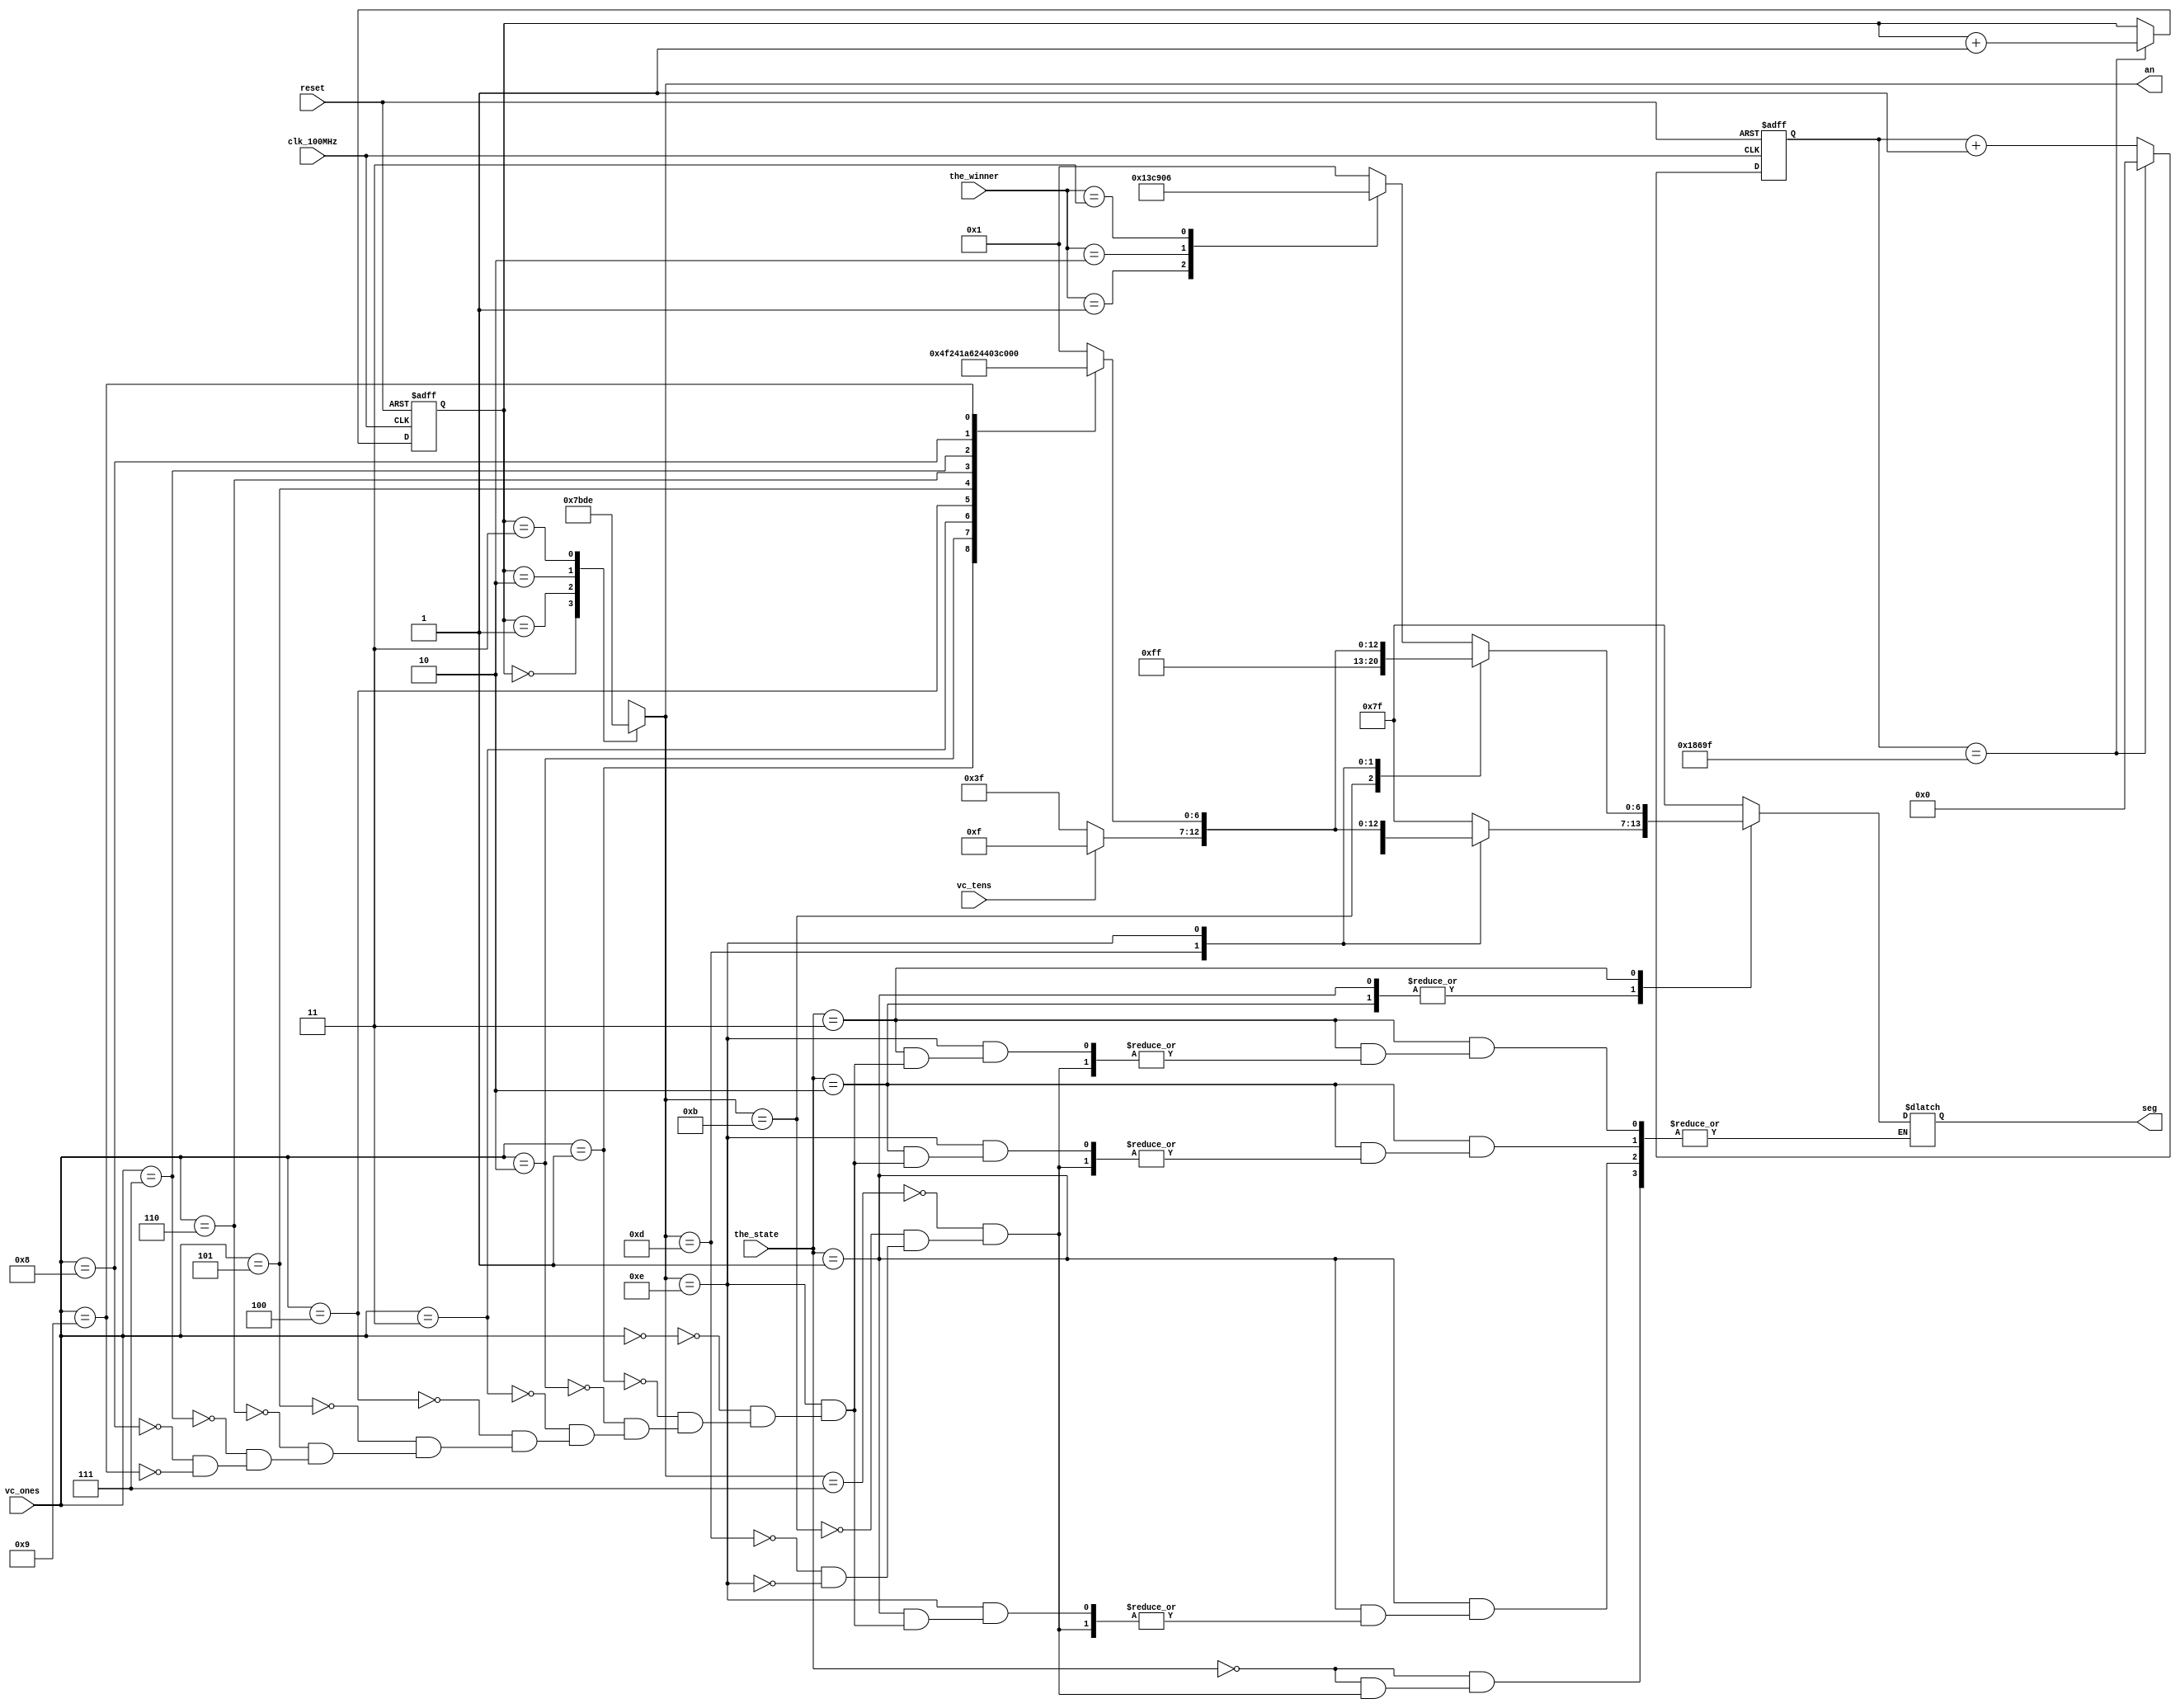
// This program was cloned from: https://github.com/FPGADude/Digital-Design
// License: GNU General Public License v3.0

`timescale 1ns / 1ps

module seg7_control(
    input clk_100MHz,
    input reset,
    input [1:0] the_state,      // from state machine
    input vc_tens,              // from bin2bcd
    input [3:0] vc_ones,        // from bin2bcd
    input [1:0] the_winner,     // from state machine
    output reg [0:6] seg,
    output reg [3:0] an
    );
    
    // Parameters for segment values
    parameter NULL  = 7'b111_1111;  // Turn off all segments
    parameter ZERO  = 7'b000_0001;  // 0
    parameter ONE   = 7'b100_1111;  // 1
    parameter TWO   = 7'b001_0010;  // 2 
    parameter THREE = 7'b000_0110;  // 3
    parameter FOUR  = 7'b100_1100;  // 4
    parameter FIVE  = 7'b010_0100;  // 5
    parameter SIX   = 7'b010_0000;  // 6
    parameter SEVEN = 7'b000_1111;  // 7
    parameter EIGHT = 7'b000_0000;  // 8
    parameter NINE  = 7'b000_0100;  // 9
    
    
    // To select each anode in turn
    reg [1:0] anode_select;
    reg [16:0] anode_timer;
        
    always @(posedge clk_100MHz or posedge reset) begin
        if(reset) begin
            anode_select <= 0;
            anode_timer <= 0; 
        end
        else
            if(anode_timer == 99_999) begin
                anode_timer <= 0;
                anode_select <=  anode_select + 1;
            end
            else
                anode_timer <=  anode_timer + 1;
    end
        
    always @(anode_select) begin
        case(anode_select) 
            2'b00 : an = 4'b0111;
            2'b01 : an = 4'b1011;
            2'b10 : an = 4'b1101;
            2'b11 : an = 4'b1110;
        endcase
    end    
    
    always @*
        case(the_state)
            2'b00 : // Idle state
                    begin
                        case(an)
                            4'b0111 : seg = NULL;
                            4'b1011 : seg = NULL;
                            4'b1101 : seg = NULL;
                            4'b1110 : seg = NULL;
                        endcase
                    end
            
            2'b01 : // Voting Open state
                    begin
                        case(an)
                            4'b0111 : seg = NULL;
                            4'b1011 : seg = NULL;
                            4'b1101 : case(vc_tens)
                                        0 : seg = NULL;
                                        1 : seg = ONE; 
                                      endcase  
                            4'b1110 : case(vc_ones)
                                        4'b0000 : seg = ZERO;
                                        4'b0001 : seg = ONE;
                                        4'b0010 : seg = TWO;
                                        4'b0011 : seg = THREE;
                                        4'b0100 : seg = FOUR;
                                        4'b0101 : seg = FIVE;
                                        4'b0110 : seg = SIX;
                                        4'b0111 : seg = SEVEN;
                                        4'b1000 : seg = EIGHT;
                                        4'b1001 : seg = NINE;
                                      endcase
                        endcase
                    end
            
            2'b10 : // Voting Closed state
                    begin
                        case(an)
                            4'b0111 : seg = NULL;
                            4'b1011 : seg = NULL;
                            4'b1101 : case(vc_tens)
                                        0 : seg = NULL;
                                        1 : seg = ONE; 
                                      endcase  
                            4'b1110 : case(vc_ones)
                                        4'b0000 : seg = ZERO;
                                        4'b0001 : seg = ONE;
                                        4'b0010 : seg = TWO;
                                        4'b0011 : seg = THREE;
                                        4'b0100 : seg = FOUR;
                                        4'b0101 : seg = FIVE;
                                        4'b0110 : seg = SIX;
                                        4'b0111 : seg = SEVEN;
                                        4'b1000 : seg = EIGHT;
                                        4'b1001 : seg = NINE;
                                      endcase
                        endcase
                    end
            
            2'b11 : // Display Winner state
                    begin
                        case(an)
                            4'b0111 : case(the_winner)
                                        2'b00 : seg = ZERO;
                                        2'b01 : seg = ONE;
                                        2'b10 : seg = TWO;
                                        2'b11 : seg = THREE;
                                      endcase
                            4'b1011 : seg = NULL;
                            4'b1101 : case(vc_tens)
                                        0 : seg = NULL;
                                        1 : seg = ONE; 
                                      endcase  
                            4'b1110 : case(vc_ones)
                                        4'b0000 : seg = ZERO;
                                        4'b0001 : seg = ONE;
                                        4'b0010 : seg = TWO;
                                        4'b0011 : seg = THREE;
                                        4'b0100 : seg = FOUR;
                                        4'b0101 : seg = FIVE;
                                        4'b0110 : seg = SIX;
                                        4'b0111 : seg = SEVEN;
                                        4'b1000 : seg = EIGHT;
                                        4'b1001 : seg = NINE;
                                      endcase
                        endcase
                    end                    
        endcase
        
    
endmodule